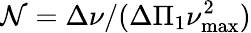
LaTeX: \mathcal{N}=\Delta\nu/(\Delta\Pi_{1}\nu_{\mathrm{max}}^{2})